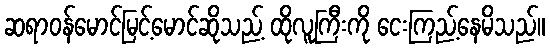
ဆရာဝန်မောင်မြင့်မောင်ဆိုသည့် ထိုလူကြီးကို ငေးကြည့်နေမိသည်။